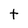
Character: t